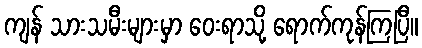
ကျန် သားသမီးများမှာ ဝေးရာသို့ ရောက်ကုန်ကြပြီ။